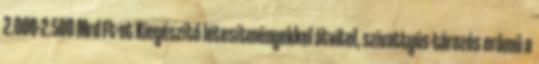
2.000-2.500 Mrd Ft-ot Kiegészítő létesítményekkel átvitel, szivattyús-tározós erőmű a